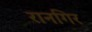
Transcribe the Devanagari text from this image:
रानगिर